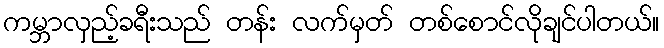
ကမ္ဘာလှည့်ခရီးသည် တန်း လက်မှတ် တစ်စောင်လိုချင်ပါတယ်။